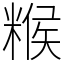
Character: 糇